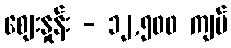
စျေးနှုန်း - ၁၂,၅၀၀ ကျပ်